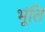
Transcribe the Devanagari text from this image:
भूंति